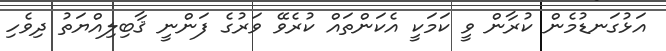
އަޅުގަނޑުމެން ކުރާން ވީ ކަމަކީ އެކަންތައް ކުރެވޭ ވަރުގެ ފަންނީ ޤާބިލިއްޔަތު ދިވެހި